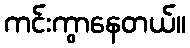
ကင်းကွာနေတယ်။